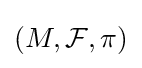
{\textstyle (M,{\mathcal {F}},\pi )}